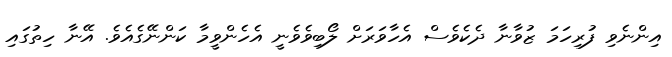
އިންނެވި ފުރިހަމަ ޒުވާނާ ދެކެވެސް އެހާވަރަށް ލޯބިވެވެނީ އެހެންވީމާ ކަންނޭގެއެވެ. އޭނާ ހިތުގައި